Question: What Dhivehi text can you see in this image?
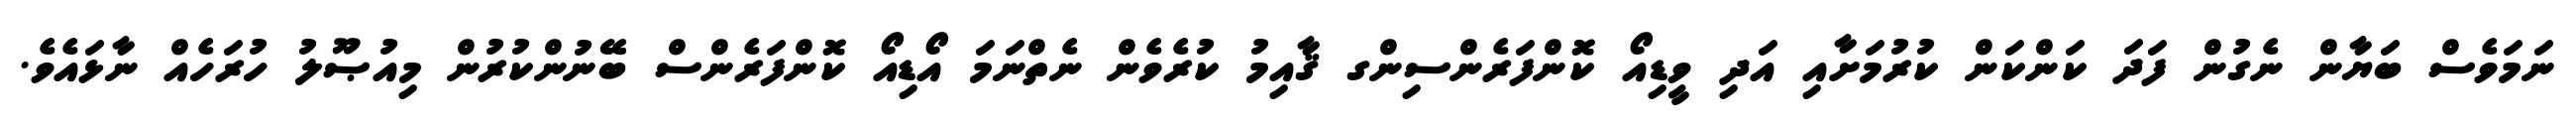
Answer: ނަމަވެސް ބަޔާން ނެގުން ފަދަ ކަންކަން ކުރުމަށާއި އަދި ވީޑިއޯ ކޮންފަރެންސިންގ ޤާއިމު ކުރެވެން ނެތްނަމަ އޯޑިއޯ ކޮންފަރެންސް ބޭނުންކުރުން މިއުޞޫލު ހުރަހެއް ނާޅައެވެ.